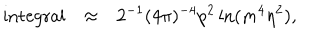
\begin{array} { r c l } { { \mathrm { i n t e g r a l } } } & { { \approx } } & { { \displaystyle 2 ^ { - 1 } ( 4 \pi ) ^ { - 4 } p ^ { 2 } \ln ( m ^ { 4 } \eta ^ { 2 } ) , } } \\ \end{array}